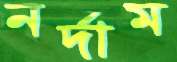
নর্দাম